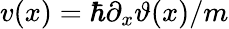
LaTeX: v(x)=\hbar\partial_{x}\vartheta(x)/m